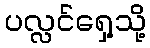
ပလ္လင်ရှေ့သို့